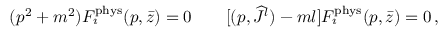
( p ^ { 2 } + m ^ { 2 } ) F _ { \imath } ^ { \mathrm { p h y s } } ( p , \bar { z } ) = 0 \qquad [ ( p , { \widehat J } { } ^ { l } ) - m l ] F _ { \imath } ^ { \mathrm { p h y s } } ( p , \bar { z } ) = 0 \, ,